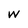
Character: W